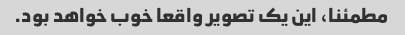
مطمئنا، این یک تصویر واقعا خوب خواهد بود.